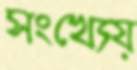
সংখ্যেয়